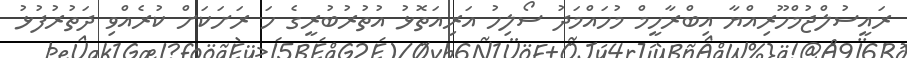
ރައީސުލްޖުމްހޫރިއްޔާ އިބްރާހީމް މުހައްމަދު ސޯލިހު އަރިއަތޮޅު އުތުރުބުރީގެ ހަ ރަށަކަށް ކުރެއްވި ދަތުރުފުޅު